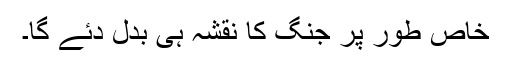
خاص طور پر جنگ کا نقشہ ہی بدل دئے گا۔